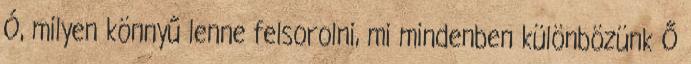
Ó, milyen könnyű lenne felsorolni, mi mindenben különbözünk Ő